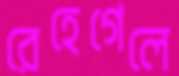
রেহেগেলে